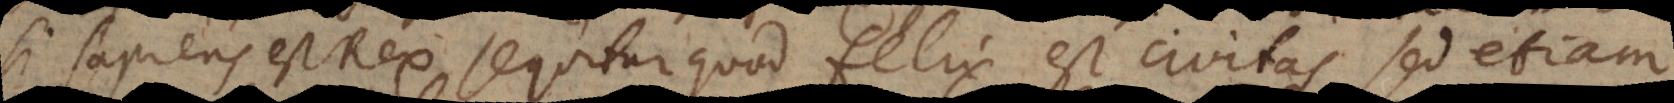
si sapiens est Rex sequitur quod felix est civitas, sed etiam